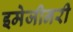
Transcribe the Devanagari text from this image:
इमेजीनरी